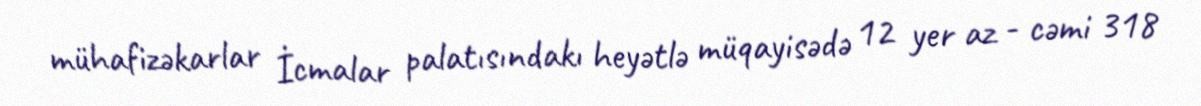
mühafizəkarlar İcmalar palatısındakı heyətlə müqayisədə 12 yer az - cəmi 318